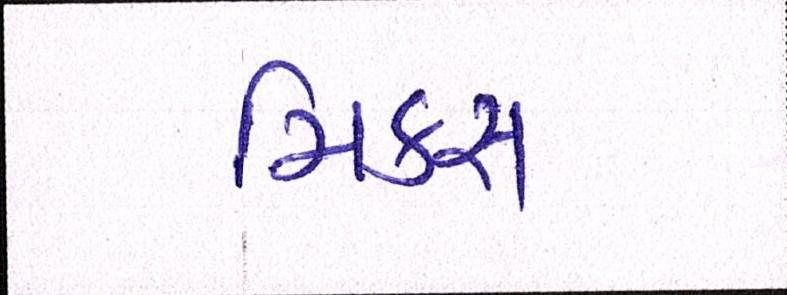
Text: મિક્સ